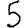
Digit: 5